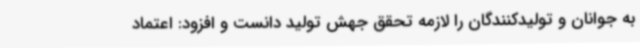
به جوانان و تولیدکنندگان را لازمه تحقق جهش تولید دانست و افزود: اعتماد